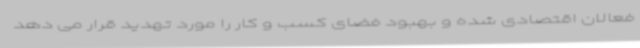
فعالان اقتصادی شده و بهبود فضای کسب و کار را مورد تهدید قرار می دهد